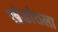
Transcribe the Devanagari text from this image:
खंडांतला